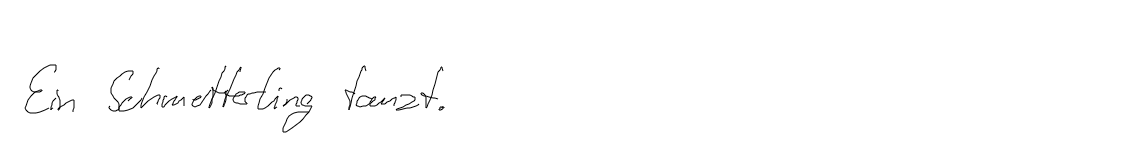
Ein Schmetterling tanzt.